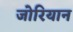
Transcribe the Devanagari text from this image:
जोरियान